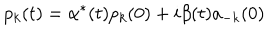
p _ { k } ( t ) = \alpha ^ { * } ( t ) p _ { k } ( 0 ) + i \beta ( t ) a _ { - k } ( 0 )